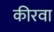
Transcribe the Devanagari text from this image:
कीरवा